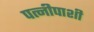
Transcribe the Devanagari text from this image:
पत्नीपाशी